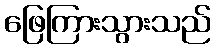
ဖြေကြားသွားသည်